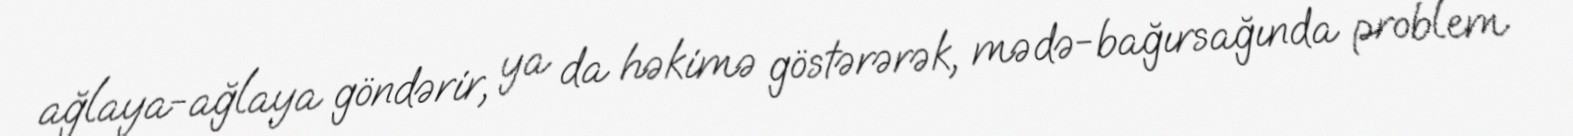
ağlaya-ağlaya göndərir, ya da həkimə göstərərək, mədə-bağırsağında problem